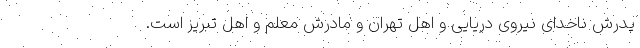
پدرش ناخدای نیروی دریایی و اهل تهران و مادرش معلم و اهل تبریز است.